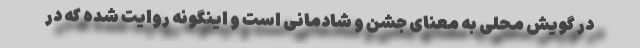
در گویش محلی به معنای جشن و شادمانی است و اینگونه روایت شده که در